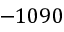
- 1 0 9 0